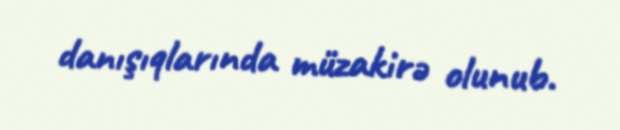
danışıqlarında müzakirə olunub.